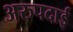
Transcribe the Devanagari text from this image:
अरुपदाई